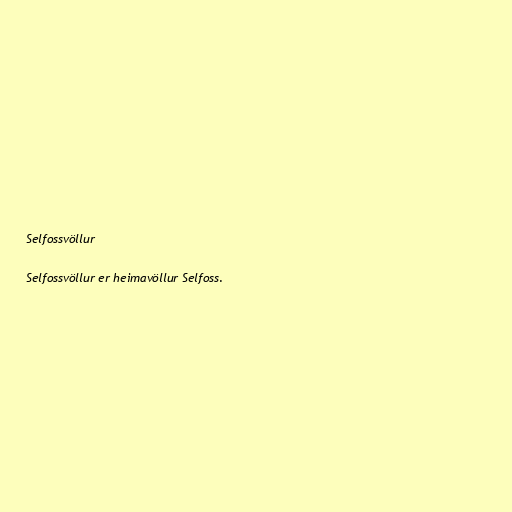
Selfossvöllur

Selfossvöllur er heimavöllur Selfoss.